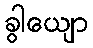
ခွါယျော